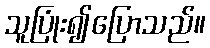
သူပြုံး၍ပြောသည်။